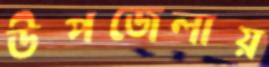
উপজেলায়